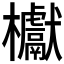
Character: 𣡌